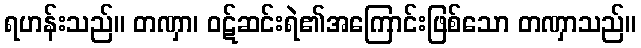
ရဟန်းသည်။ တဏှာ၊ ဝဋ်ဆင်းရဲ၏အကြောင်းဖြစ်သော တဏှာသည်။